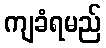
ကျခံရမည်